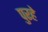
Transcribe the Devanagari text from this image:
पुरहे